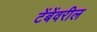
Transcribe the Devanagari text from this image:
टेंबेंवरील